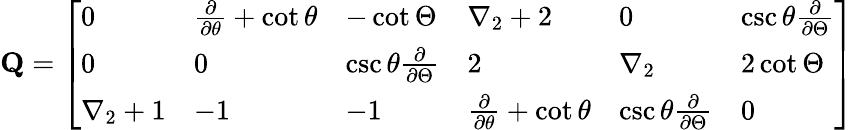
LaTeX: \mathbf{Q}=\left[\begin{array}{llllll}{0}&{\frac{\partial}{\partial\theta}+\cot\theta}&{-\cot\Theta}&{\nabla_{2}+2}&{0}&{\csc\theta\frac{\partial}{\partial\Theta}}\\ {0}&{0}&{\csc\theta\frac{\partial}{\partial\Theta}}&{2}&{\nabla_{2}}&{2\cot\Theta}\\ {\nabla_{2}+1}&{-1}&{-1}&{\frac{\partial}{\partial\theta}+\cot\theta}&{\csc\theta\frac{\partial}{\partial\Theta}}&{0}\end{array}\right]